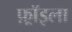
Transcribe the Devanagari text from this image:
फ़्रॉइला